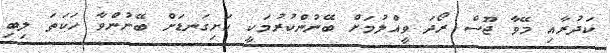
ކަދުރާއި މޭވާ ޖޫސް ރޯދަ ވީއްލުމަށް ބޭނުންކުރުމަކީ ހަށިގަނޑަށް ބޭނުންވާ ހަކަތަ ލިބި